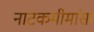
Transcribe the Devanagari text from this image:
नाटकमीमांसा